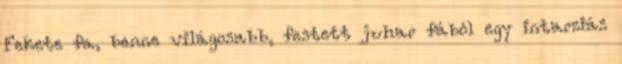
Fekete fa, benne világosabb, festett juhar fából egy intarziás